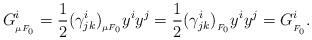
LaTeX: \begin{align*}G^i_{_{\mu F_0}}=\frac{1}{2}(\gamma^i_{jk})_{_{\mu F_0}} y^i y^j=\frac{1}{2}(\gamma^i_{jk})_{_{F_0}} y^i y^j=G^i_{_{F_0}}.\end{align*}